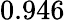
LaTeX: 0.946